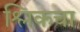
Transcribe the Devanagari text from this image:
श्लिकचा